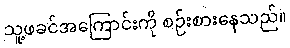
သူ့ဖခင်အကြောင်းကို စဉ်းစားနေသည်။